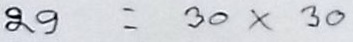
29 = 30 x 30